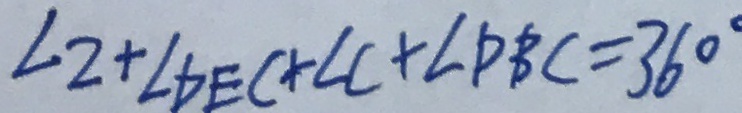
\angle 2 + \angle D E C + \angle C + \angle D B C = 3 6 0 ^ { \circ }